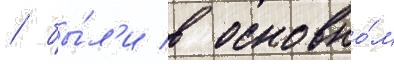
/ бы́л'и в основно́м